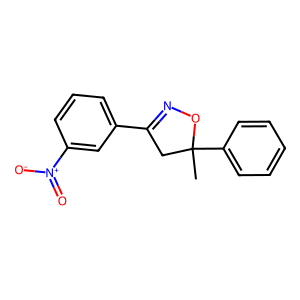
SMILES: CC1(c2ccccc2)CC(c2cccc([N+](=O)[O-])c2)=NO1
Inhibits HIV replication: No